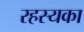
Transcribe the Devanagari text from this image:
रहस्यका